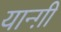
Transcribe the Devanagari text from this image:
यान्ग़ी